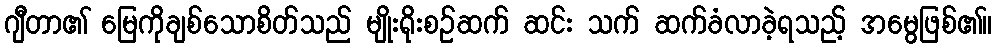
ဂျီတာ၏ မြေကိုချစ်သောစိတ်သည် မျိုးရိုးစဉ်ဆက် ဆင်း သက် ဆက်ခံလာခဲ့ရသည့် အမွေဖြစ်၏။